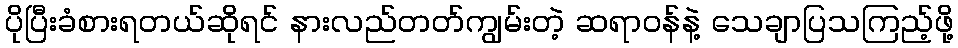
ပိုပြီးခံစားရတယ်ဆိုရင် နားလည်တတ်ကျွမ်းတဲ့ ဆရာဝန်နဲ့ သေချာပြသကြည့်ဖို့